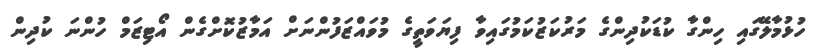
ހުޅުމާލޭގައި ހިންގާ ކުޑަކުދިންގެ މަރުކަޒުކަމުގައިވާ ފިޔަވަތީގެ މުވައްޒަފުންނަށް އަމާޒުކޮށްގެން އޯޓިޒަމް ހުންނަ ކުދިން